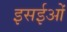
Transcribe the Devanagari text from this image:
इसईओं